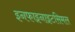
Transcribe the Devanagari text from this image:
इनफाइनाइटसिमल